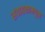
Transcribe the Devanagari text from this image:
संवाहकामधून